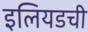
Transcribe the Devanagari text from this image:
इलियडची